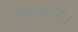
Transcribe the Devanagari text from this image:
अनुकंपा।